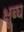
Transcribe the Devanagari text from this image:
क्षुब्घ